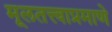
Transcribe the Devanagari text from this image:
मूलतत्त्वाप्रमाणे